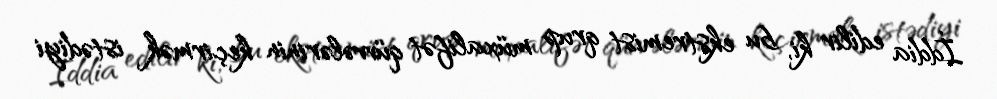
İddia edilir ki, bu ekstremist qrup müxalifət qüvvələrinin keçirmək istədiyi